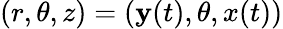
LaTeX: (r,\theta,z)=(\mathbf{y}(t),\theta,x(t))